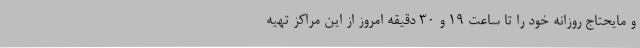
و مایحتاج روزانه خود را تا ساعت ۱۹ و ۳۰ دقیقه امروز از این مراکز تهیه